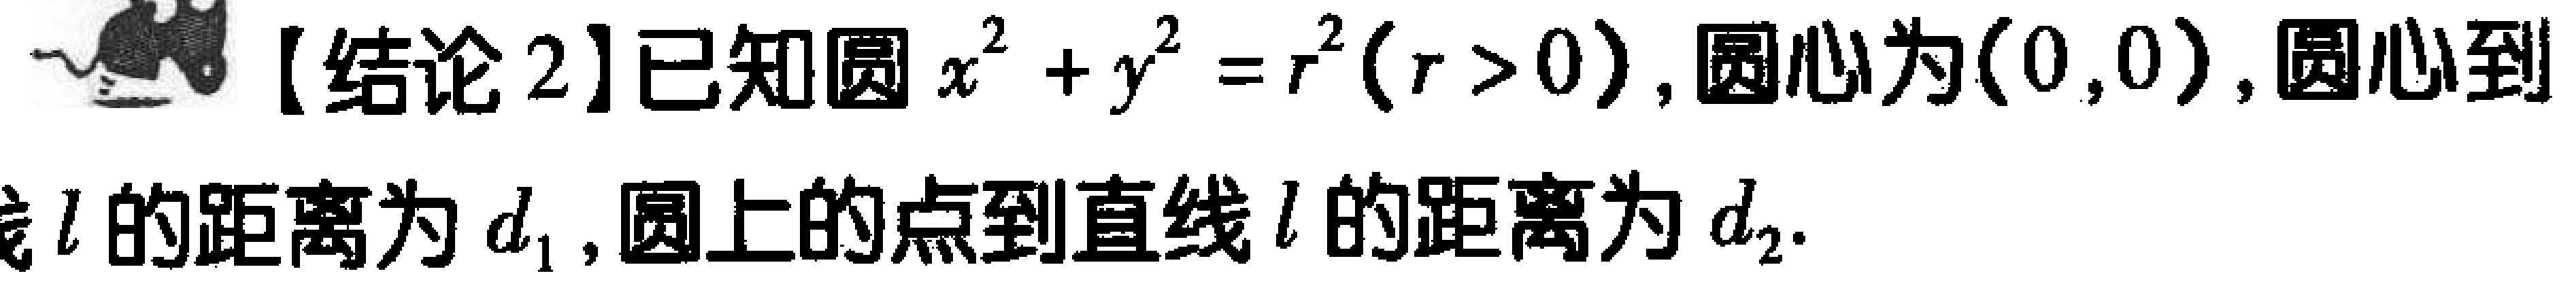
【结论2】已知圆\(x^{2}+y^{2}=r^{2}(r > 0)\)，圆心为\((0,0)\)，圆心到直线\(l\)的距离为\(d_{1}\)，圆上的点到直线\(l\)的距离为\(d_{2}\)．